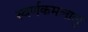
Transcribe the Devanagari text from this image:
स्वर्णकमलालु